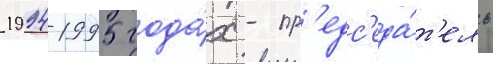
1994-1995 года́х - пр'едс'еда́т'ель